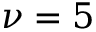
\nu = 5